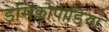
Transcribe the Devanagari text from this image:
डेसिक्लोपीडिया